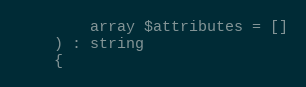
Language: PHP
        array $attributes = []
    ) : string
    {